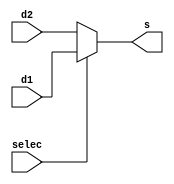
module mux ( output [3:0]s, input[3:0]d1, input[3:0]d2, input selec );
reg [3:0]s;
always @ (selec or !selec)
begin
if ( selec )
begin
s <= d1;
end
else
begin
s <= d2;
end
end
endmodule